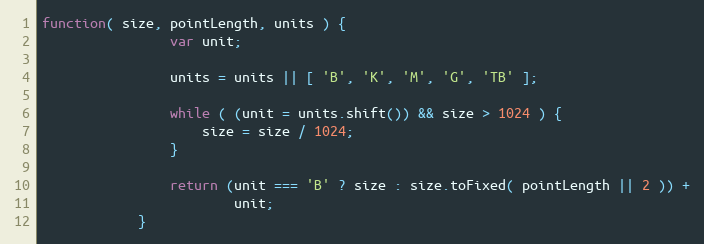
Language: JavaScript
function( size, pointLength, units ) {
                var unit;

                units = units || [ 'B', 'K', 'M', 'G', 'TB' ];

                while ( (unit = units.shift()) && size > 1024 ) {
                    size = size / 1024;
                }

                return (unit === 'B' ? size : size.toFixed( pointLength || 2 )) +
                        unit;
            }